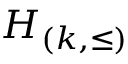
H _ { ( k , \leq ) }